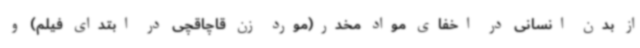
از بدن انسانی در اخفای مواد مخدر(مورد زن قاچاقچی در ابتدای فیلم) و